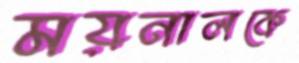
ময়নালকে